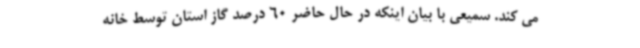
می کند. سمیعی با بیان اینکه در حال حاضر 60 درصد گاز استان توسط خانه